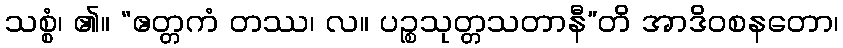
သစ္စံ၊ ၏။ “ဧတ္တကံ တဿ၊ လ။ ပဉ္စသုတ္တသတာနီ”တိ အာဒိဝစနတော၊